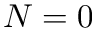
N = 0